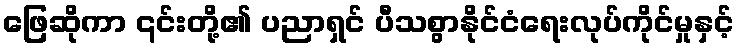
ဖြေဆိုကာ ၎င်းတို့၏ ပညာရှင် ပီသစွာနိုင်ငံရေးလုပ်ကိုင်မှုနှင့်